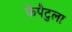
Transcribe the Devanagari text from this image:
कैपैटुला